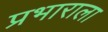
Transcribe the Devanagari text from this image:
प्रभाराला